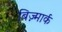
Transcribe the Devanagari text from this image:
बिज़्मार्क